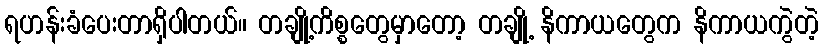
ရဟန်းခံပေးတာရှိပါတယ်။ တချို့ကိစ္စတွေမှာတော့ တချို့ နိကာယတွေက နိကာယကွဲတဲ့